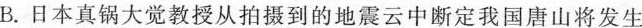
B.日本真锅大觉教授从拍摄到的地震云中断定我国唐山将发生